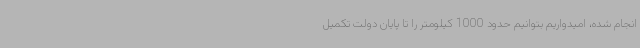
انجام شده، امیدواریم بتوانیم حدود 1000 کیلومتر را تا پایان دولت تکمیل